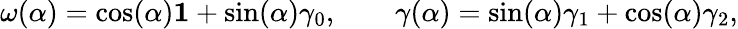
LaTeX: {\mathbf\omega}(\alpha)=\cos(\alpha){\mathbf 1}+\sin(\alpha){\mathbf\gamma}_{0},\qquad{\mathbf\gamma}(\alpha)=\sin(\alpha){\mathbf\gamma}_{1}+\cos(\alpha){\mathbf\gamma}_{2},